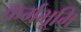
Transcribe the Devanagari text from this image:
कर्मभूमि